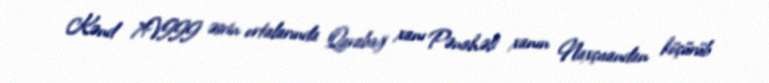
Kənd XVIII əsrin ortalarında Qarabağ xanı Pənahəli xanın Naxçıvandan köçürüb